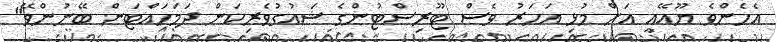
އެހެންވެ ޔޫއޭއީ އަށް މުޅި އަހަރު ވެސް ޓޫރިސްޓުންގެ ޝައުގުވެރިކަން ދަމަހައްޓަން ބޭނުންވޭ"